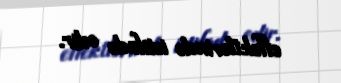
effektlərində istifadə edir.